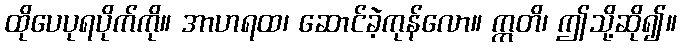
ထိုပေပုရပိုက်ကို။ အာဟရထ၊ ဆောင်ခဲ့ကုန်လော။ ဣတိ၊ ဤသို့ဆို၍။